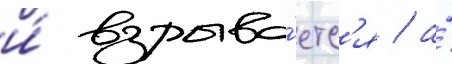
и́ взрыва́етс'я / а́